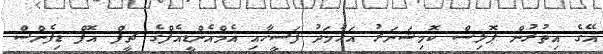
އޭގެ އިތުރުން ޕޮލިސް ކޮމިޝަނަރު އަހުމަދު ފަސީހާއި އެމްއެންޑީއެފްގެ ޗީފް އޮފް ޑިފެންސް